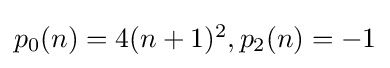
{\textstyle p_{0}(n)=4(n+1)^{2},p_{2}(n)=-1}